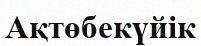
Ақтөбекүйік